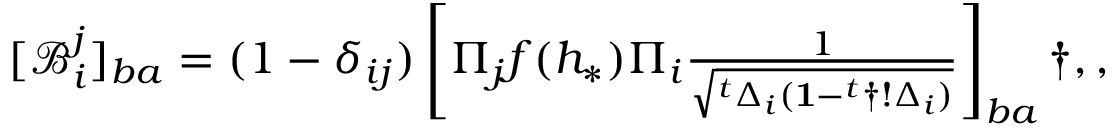
\begin{array} { r } { [ \mathcal { B } _ { i } ^ { j } ] _ { b a } = ( 1 - \delta _ { i j } ) \left[ \Pi _ { j } f ( h _ { * } ) \Pi _ { i } \frac { 1 } { \sqrt { ^ t \Delta _ { i } ( \mathbf { 1 } - ^ { t } \dag ! \Delta _ { i } ) } } \right] _ { b a } \dag , , } \end{array}